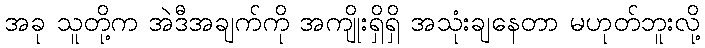
အခု သူတို့က အဲဒီအချက်ကို အကျိုးရှိရှိ အသုံးချနေတာ မဟုတ်ဘူးလို့